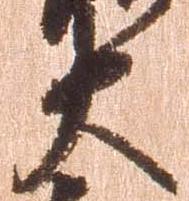
大